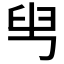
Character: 𦥕